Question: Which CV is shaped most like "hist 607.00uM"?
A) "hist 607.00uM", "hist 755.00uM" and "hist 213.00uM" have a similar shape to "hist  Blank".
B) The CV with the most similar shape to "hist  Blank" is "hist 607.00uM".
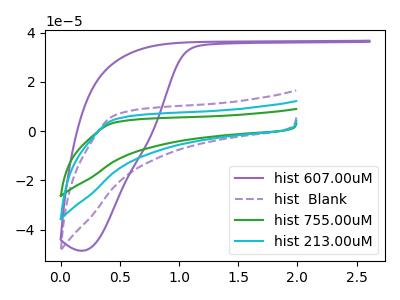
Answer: <think>The purple curve "hist 607.00uM" has no peaks. The purple dashed curve "hist  Blank" has no peaks. The green curve "hist 755.00uM" has no peaks. The cyan curve "hist 213.00uM" has no peaks.
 Neither "hist 607.00uM" or "hist  Blank" have any peaks. Neither "hist 607.00uM" or "hist 755.00uM" have any peaks. Neither "hist 607.00uM" or "hist 213.00uM" have any peaks. Neither "hist  Blank" or "hist 755.00uM" have any peaks. Neither "hist  Blank" or "hist 213.00uM" have any peaks. Neither "hist 755.00uM" or "hist 213.00uM" have any peaks.</think>
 <answer>A) "hist 607.00uM", "hist 755.00uM" and "hist 213.00uM" have a similar shape to "hist  Blank".</answer>
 <eval>A</eval>